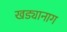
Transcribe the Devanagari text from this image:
खड्यानाग